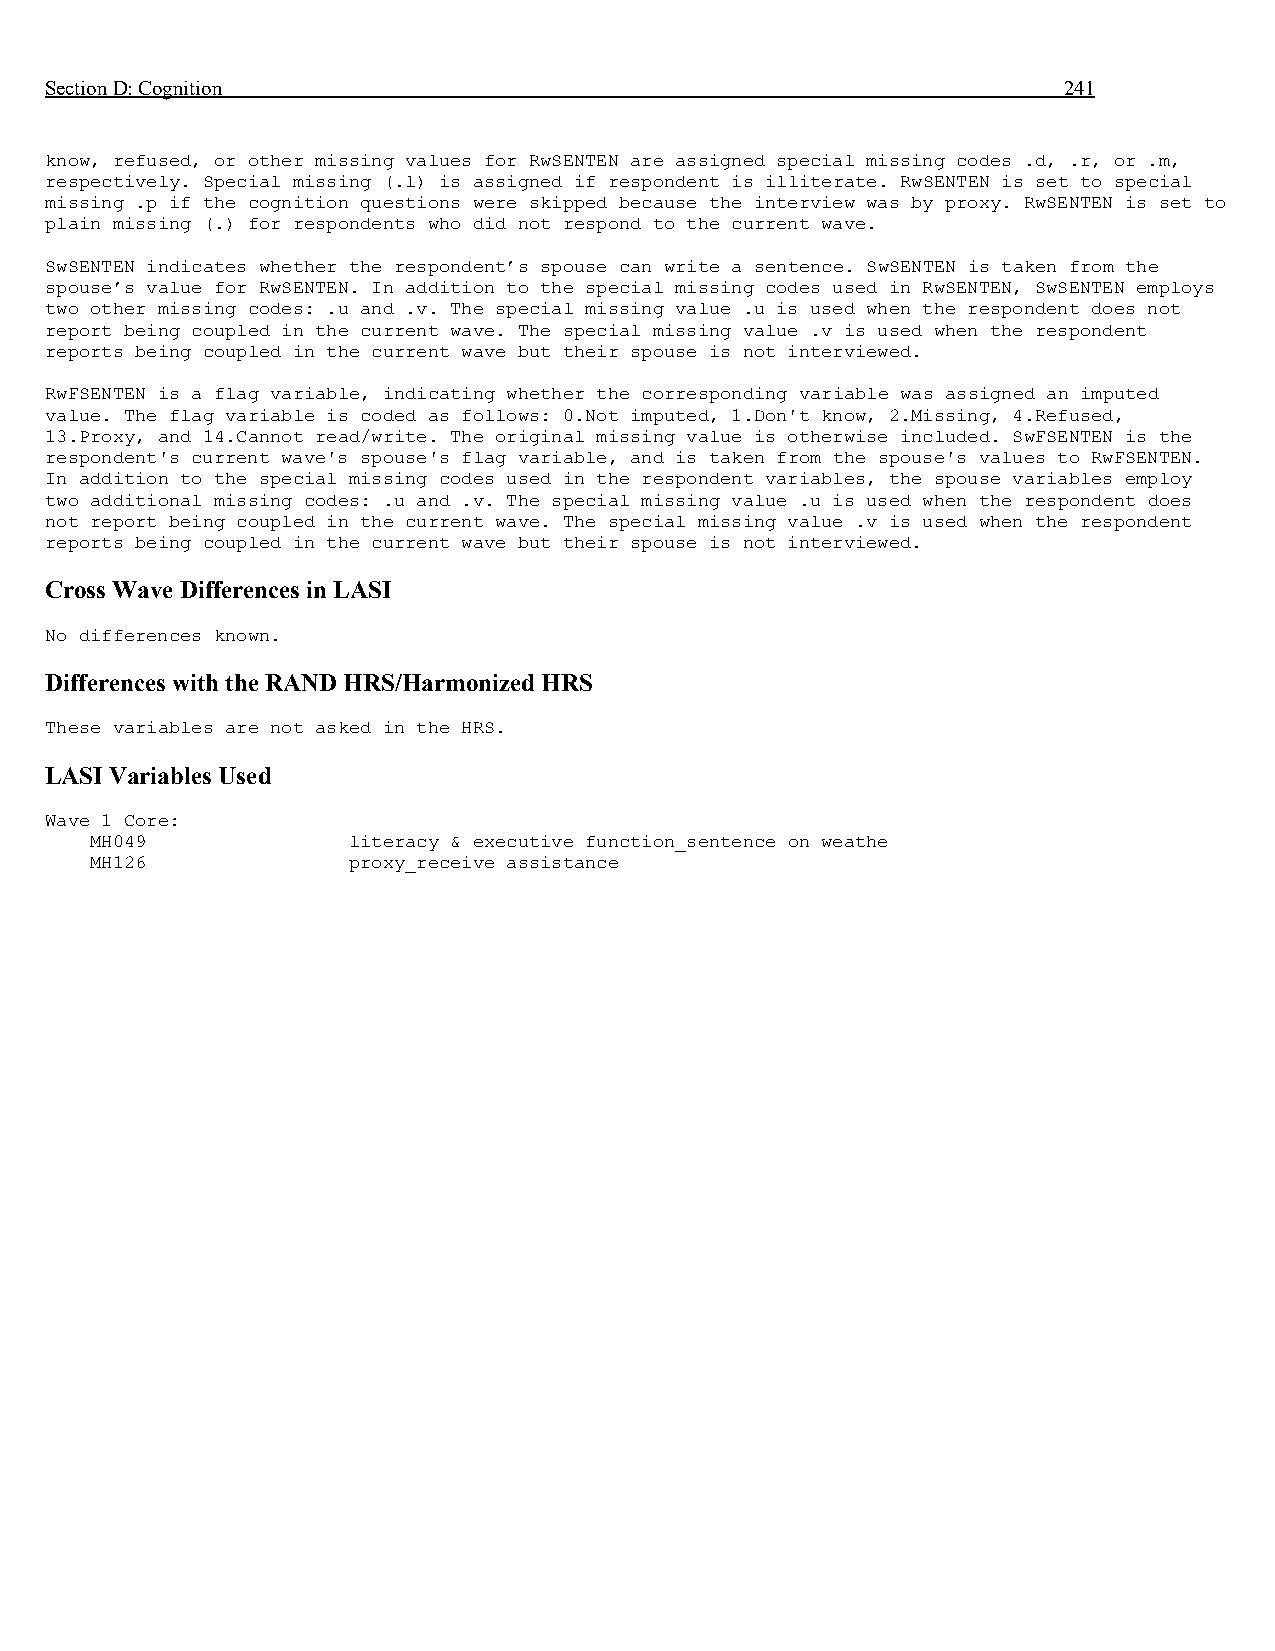
Section D: Cognition                                               241
 know, refused, or other missing values for RwSENTEN are assigned special missing codes .d, .r, or .m,
 respectively. Special missing (.l) is assigned if respondent is illiterate. RwSENTEN is set to special
 missing .p if the cognition questions were skipped because the interview was by proxy. RwSENTEN is set to
 plain missing (.) for respondents who did not respond to the current wave.
 SwSENTEN indicates whether the respondent’s spouse can write a sentence. SwSENTEN is taken from the
 spouse’s value for RwSENTEN. In addition to the special missing codes used in RwSENTEN, SwSENTEN employs
 two other missing codes: .u and .v. The special missing value .u is used when the respondent does not
 report being coupled in the current wave. The special missing value .v is used when the respondent
 reports being coupled in the current wave but their spouse is not interviewed.
 RwFSENTEN is a flag variable, indicating whether the corresponding variable was assigned an imputed
 value. The flag variable is coded as follows: 0.Not imputed, 1.Don't know, 2.Missing, 4.Refused,
 13.Proxy, and 14.Cannot read/write. The original missing value is otherwise included. SwFSENTEN is the
 respondent's current wave's spouse's flag variable, and is taken from the spouse's values to RwFSENTEN.
 In addition to the special missing codes used in the respondent variables, the spouse variables employ
 two additional missing codes: .u and .v. The special missing value .u is used when the respondent does
 not report being coupled in the current wave. The special missing value .v is used when the respondent
 reports being coupled in the current wave but their spouse is not interviewed.
 Cross Wave Differences in LASI
 No differences known.
 Differences with the RAND HRS/Harmonized HRS
 These variables are not asked in the HRS.
 LASI Variables Used
 Wave 1 Core:
 MH049            literacy & executive function_sentence on weathe
 MH126            proxy_receive assistance